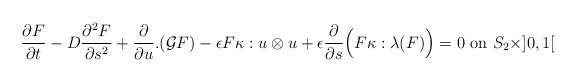
\begin{align*}\frac {\partial F} {\partial t} - D \frac{\partial^2F}{\partial s^2}+ \frac{\partial}{\partial u}.(\mathcal{G}F)-\epsilon F\kappa : u\otimes u+\epsilon \frac{\partial}{\partial s}\Big( F\kappa:\lambda(F)\Big)=0 \textrm{ on } S_2 \times ]0, 1[ \end{align*}